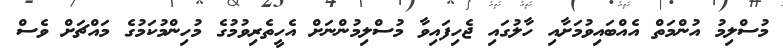
މުސްލިމު އުންމަތް އެއްބައިވުމަށާއި ހާލުގައި ޖެހިފައިވާ މުސްލިމުންނަށް އެހީތެރިވުމުގެ މުހިންމުކަމުގެ މައްޗަށް ވެސް